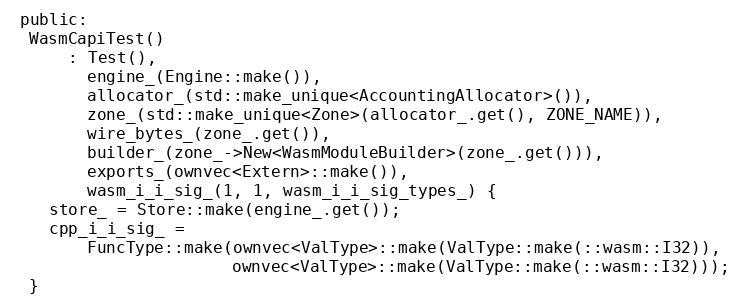
Language: C
 public:
  WasmCapiTest()
      : Test(),
        engine_(Engine::make()),
        allocator_(std::make_unique<AccountingAllocator>()),
        zone_(std::make_unique<Zone>(allocator_.get(), ZONE_NAME)),
        wire_bytes_(zone_.get()),
        builder_(zone_->New<WasmModuleBuilder>(zone_.get())),
        exports_(ownvec<Extern>::make()),
        wasm_i_i_sig_(1, 1, wasm_i_i_sig_types_) {
    store_ = Store::make(engine_.get());
    cpp_i_i_sig_ =
        FuncType::make(ownvec<ValType>::make(ValType::make(::wasm::I32)),
                       ownvec<ValType>::make(ValType::make(::wasm::I32)));
  }